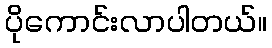
ပိုကောင်းလာပါတယ်။